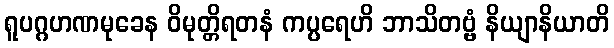
ရူပဂ္ဂဟဏမုခေန ဝိမုတ္တိရတနံ ကပ္ပရေဟိ ဘာသိတဗ္ဗံ နိယျာနိယာတိ